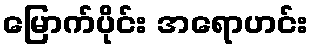
မြောက်ပိုင်း အရောဟင်း